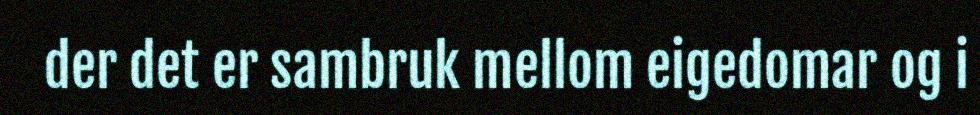
der det er sambruk mellom eigedomar og i